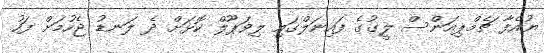
ޔުއެފާ ޗެމްޕިއަންސް ލީގުގެ ފައިނަލްގައި ލިވަޕޫލް ކޮޅަށް ދެ ލަނޑު ޖެހުމަށް ފަހު